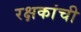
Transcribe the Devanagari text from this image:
रक्षकांची